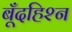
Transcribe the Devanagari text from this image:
बूँदहिश्न